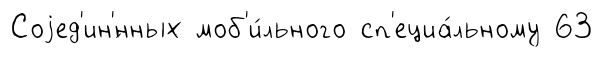
Соjед'ин'́нных моб'и́льного сп'ециа́льному 63